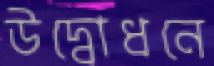
উদ্বোধনে